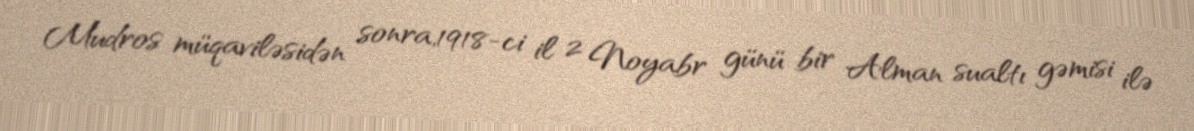
Mudros müqaviləsidən sonra,1918-ci il 2 Noyabr günü bir Alman sualtı gəmisi ilə